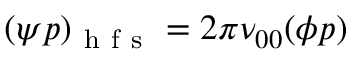
( \psi p ) _ { \mathrm { ~ h ~ f ~ s ~ } } = 2 \pi \nu _ { 0 0 } ( \phi p )